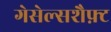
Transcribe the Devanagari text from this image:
गेसेल्सशैफ़्ट